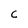
Character: c